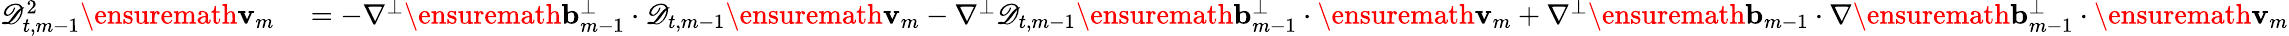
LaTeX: \begin{array}{rl}{\mathscr{D}_{t,m-1}^{2}\ensuremath{\mathbf{v}}_{m}}&{{}=-\nabla^{\perp}\ensuremath{\mathbf{b}}_{m-1}^{\perp}\cdot\mathscr{D}_{t,m-1}\ensuremath{\mathbf{v}}_{m}-\nabla^{\perp}\mathscr{D}_{t,m-1}\ensuremath{\mathbf{b}}_{m-1}^{\perp}\cdot\ensuremath{\mathbf{v}}_{m}+\nabla^{\perp}\ensuremath{\mathbf{b}}_{m-1}\cdot\nabla\ensuremath{\mathbf{b}}_{m-1}^{\perp}\cdot\ensuremath{\mathbf{v}}_{m}}\end{array}